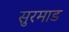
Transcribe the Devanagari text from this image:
सुरमाड